Document type: Sale
Year: 1451
Scribe: [Unknown]
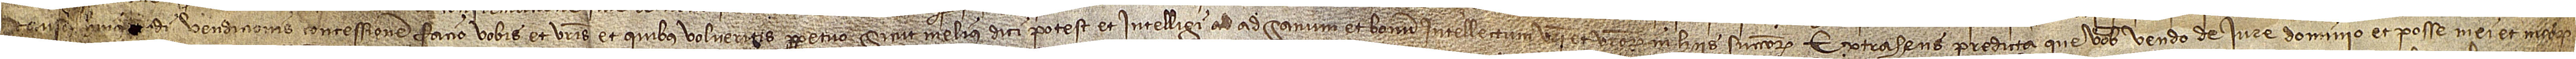
/ causa huius[mo]di vendicionis concessionem facio vobis et vestris et quibus volueritis perpetuo, sicut melius dici potest et intelligiu ad  sanum et bonum intellectum vestri et vestrorum in hiis successorum. Extrahens predicta que vobis vendo de iure, dominio et posse mei et meorum